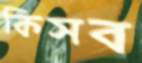
কিসব